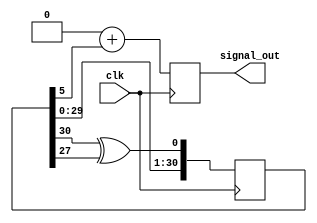
module rndx(clk, signal_out);
parameter WIDTH = 1; // 1..32 
parameter [31:0] INIT_VAL = 32'h12345678;

input wire clk;
output reg [(WIDTH - 1):0] signal_out;

reg [(WIDTH - 1):0] tsout;

reg [31:0] dx [(WIDTH - 1):0];

integer i;


reg [31:0] init_val;
initial
begin
	signal_out <= 8'd0;
	tsout <= 8'd0;
	init_val = INIT_VAL;
	for(i=0; i<WIDTH ; i=i+1) begin
		dx[i] <= init_val; //32'd0123; //$random;
		init_val = init_val << 1 + init_val[31];
	end
end

always @(posedge clk) begin 
	for(i=0; i<WIDTH ; i=i+1) begin
		dx[i] <= { dx[i][30:0], dx[i][30] ^ dx[i][27] };
		tsout = (tsout << 1) + dx[i][5:5];
	end
	signal_out <= tsout;
end

endmodule
/* examples
wire [7:0] rnd8_1;
rndx #(.WIDTH(8), .INIT_VAL(32'hF1928374)) rnd_8_1(.clk(clk), .sout(rnd8_1));
wire [7:0] rnd8_2;
rndx #(.WIDTH(8), .INIT_VAL(32'hF5729465)) rnd_8_2(.clk(clk), .sout(rnd8_2));
wire [7:0] rnd8_3;
rndx #(.WIDTH(8), .INIT_VAL(32'h853F4658)) rnd_8_3(.clk(clk), .sout(rnd8_3));

wire rnd1;
rndx rnd_1(.clk(clk), .sout(rnd1)); //1 bit by default
*/